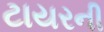
ટાયરની